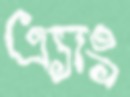
এ্যাং